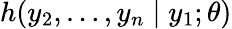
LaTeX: h(y_{2},\dots,y_{n}\mid y_{1};\theta)